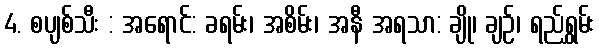
4. စပျစ်သီး : အရောင်: ခရမ်း၊ အစိမ်း၊ အနီ အရသာ: ချို၊ ချဉ်၊ ရည်ရွှမ်း